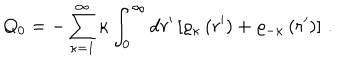
LaTeX: Q _ { 0 } = - \sum _ { \kappa = 1 } ^ { \infty } \kappa \int _ { 0 } ^ { \infty } \mathrm { d } r ^ { \prime } \left[ \varrho _ { \kappa } \left( r ^ { \prime } \right) + \varrho _ { - \kappa } \left( r ^ { \prime } \right) \right] \, .